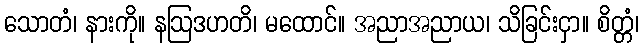
သောတံ၊ နားကို။ နဩဒဟတိ၊ မထောင်။ အညာအညာယ၊ သိခြင်းငှာ။ စိတ္တံ၊